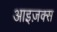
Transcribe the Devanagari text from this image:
आइज़क्स